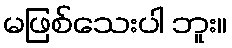
မဖြစ်သေးပါ ဘူး။